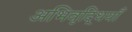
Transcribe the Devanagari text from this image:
अभिवृद्धियाँ